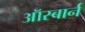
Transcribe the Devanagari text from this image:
ऑस्बार्न